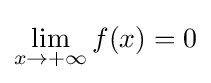
\lim _{x\to {+\infty }}f(x)=0